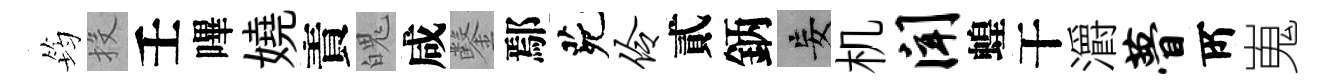
筠投壬嗶嬈責魄咸鑿鄢茕伶貳鈵妄机闻蝗干灂瞢𠩄嵬